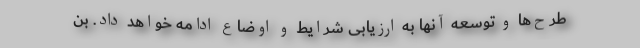
طرح‌ها و توسعه‌ آنها به ارزیابی شرایط و اوضاع ادامه خواهد داد. بن